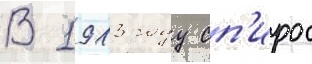
В 1913 году сп'ирос